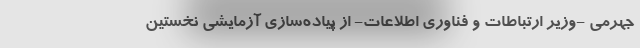
جهرمی -وزیر ارتباطات و فناوری اطلاعات- از پیاده‌سازی آزمایشی نخستین